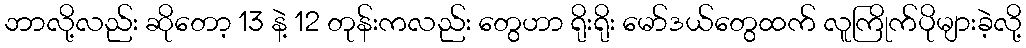
ဘာလို့လည်း ဆိုတော့ 13 နဲ့ 12 တုန်းကလည်း တွေဟာ ရိုးရိုး မော်ဒယ်တွေထက် လူကြိုက်ပိုများခဲ့လို့